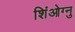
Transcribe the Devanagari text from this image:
शिंओग्नु